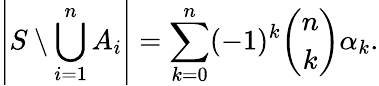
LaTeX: \left|S\setminus\bigcup_{i=1}^{n}A_{i}\right|=\sum_{k=0}^{n}(-1)^{k}{\binom{n}{k}}\alpha_{k}.